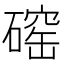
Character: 𪿲